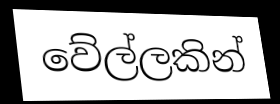
වේල්ලකින්